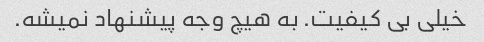
خیلی بی کیفیت. به هیچ وجه پیشنهاد نمیشه.